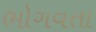
ભોગવતા